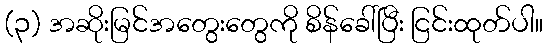
(၃) အဆိုးမြင်အတွေးတွေကို စိန်ခေါ်ပြီး ငြင်းထုတ်ပါ။